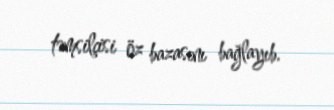
təmsilçisi öz bazasını bağlayıb.